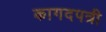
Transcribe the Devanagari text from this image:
कागदपत्री